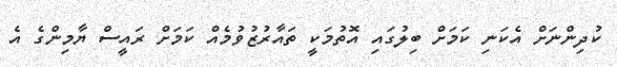
ކުދިންނަށް އެކަނި ކަމަށް ބިލުގައި އޮތުމަކީ ތައާރުޒުވުމެއް ކަމަށް ރައީސް ޔާމިންގެ އެ